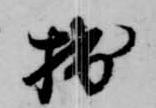
拙